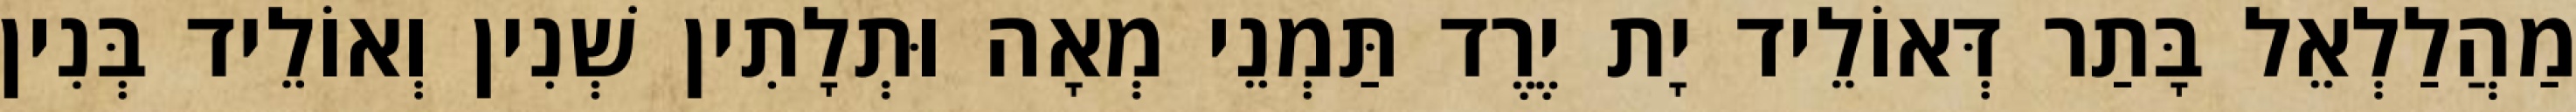
מַהֲלַלְאֵל בָּתַר דְּאוֹלֵיד יָת יֶרֶד תַּמְנֵי מְאָה וּתְלָתִין שְׁנִין וְאוֹלֵיד בְּנִין